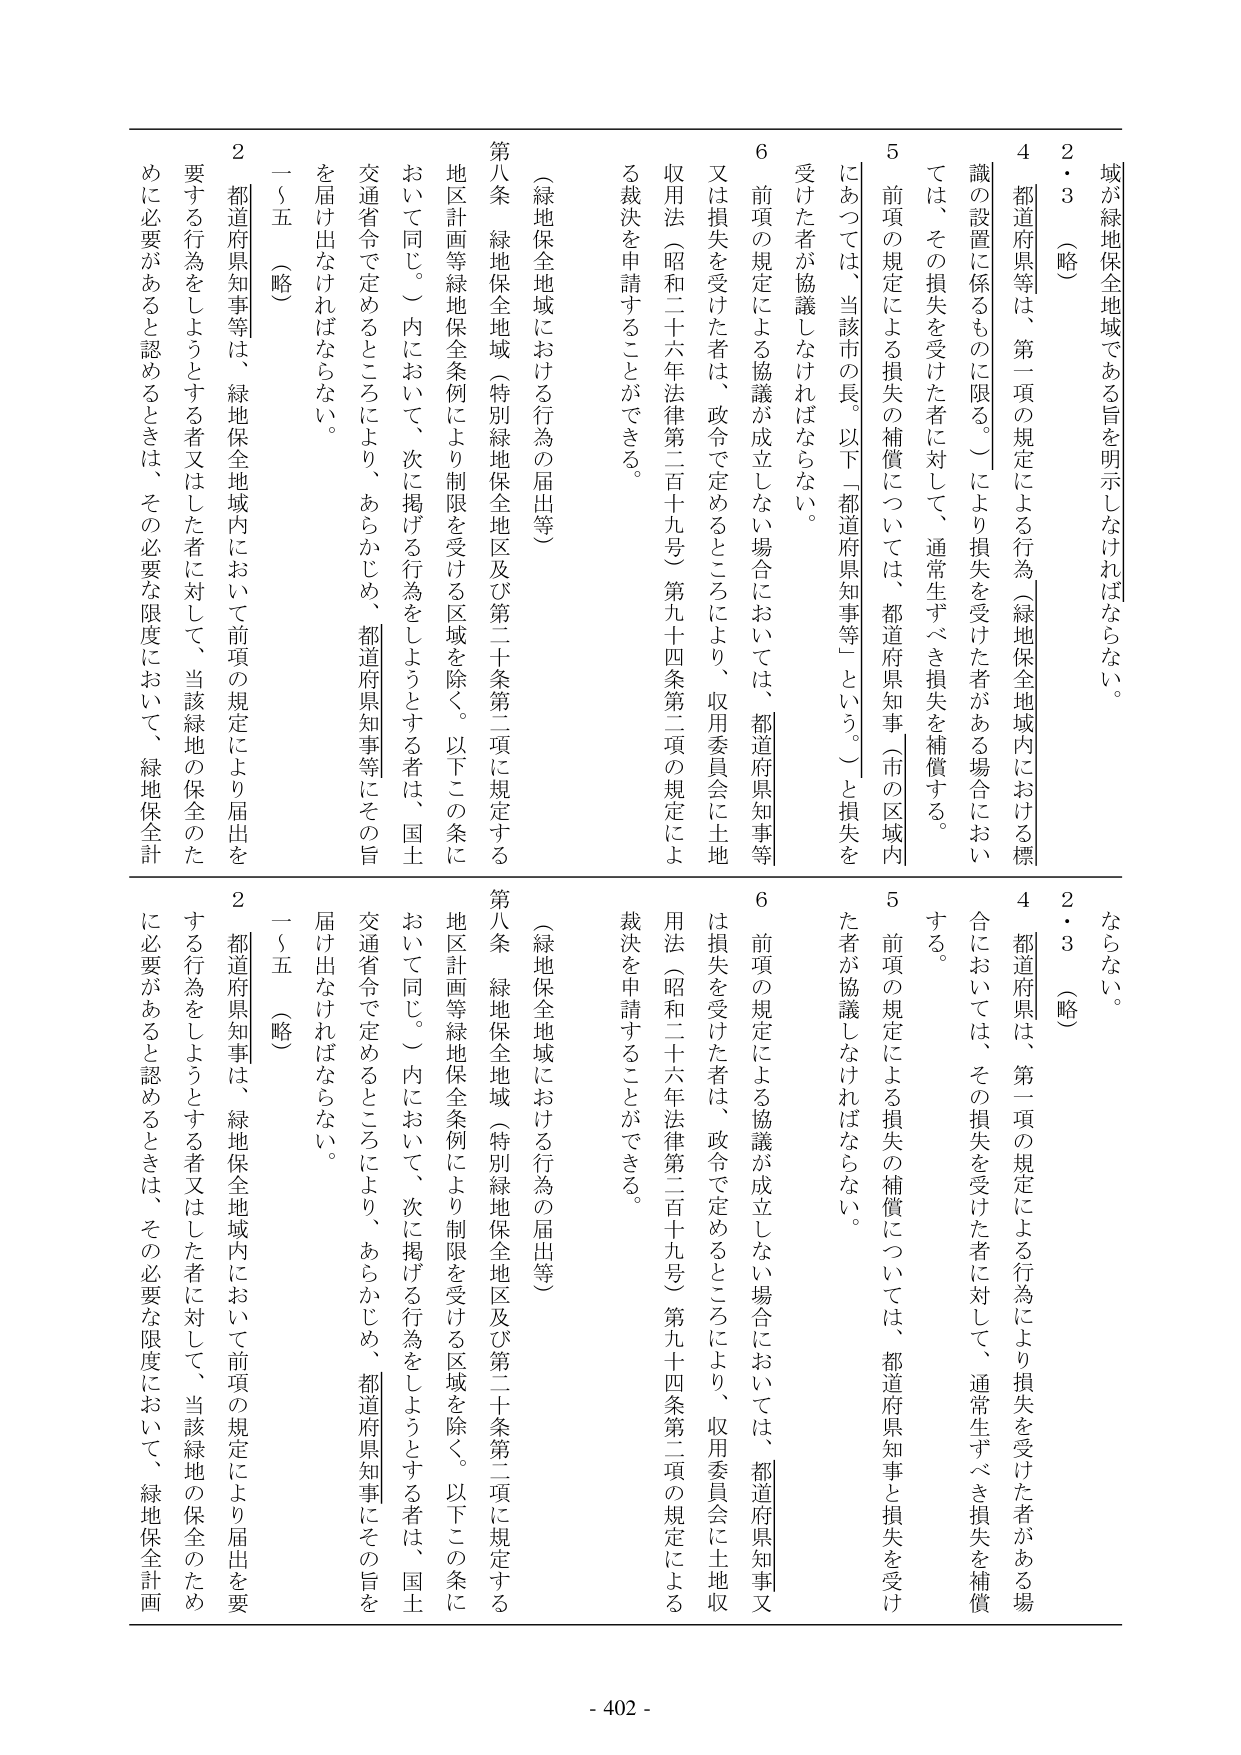
域が緑地保全地域である旨を明示しなければならない。

２・３（略）

４　都道府県等は、第一項の規定による行為（緑地保全地域内における標識の設置に係るものに限る。）により損失を受けた者がある場合においては、その損失を受けた者に対して、通常生ずべき損失を補償する。

５　前項の規定による損失の補償については、都道府県知事（市の区域内にあっては、当該市の長。以下「都道府県知事等」という。）と損失を受けた者が協議しなければならない。

６　前項の規定による協議が成立しない場合においては、都道府県知事等又は損失を受けた者は、政令で定めるところにより、収用委員会に土地収用法（昭和二十六年法律第二百十九号）第九十四条第二項の規定による裁決を申請することができる。

（緑地保全地域における行為の届出等）

第八条　緑地保全地域（特別緑地保全地区及び第二十条第二項に規定する地区計画等緑地保全条例により制限を受ける区域を除く。以下この条において同じ。）内において、次に掲げる行為をしようとする者は、国土交通省令で定めるところにより、あらかじめ、都道府県知事等にその旨を届け出なければならない。

一～五（略）

２　都道府県知事等は、緑地保全地域内において前項の規定により届出を要する行為をしようとする者又はした者に対して、当該緑地の保全のため必要があると認めるときは、その必要な限度において、緑地保全計

ならない。

２・３（略）

４　都道府県は、第一項の規定による行為により損失を受けた者がある場合においては、その損失を受けた者に対して、通常生ずべき損失を補償する。

５　前項の規定による損失の補償については、都道府県知事と損失を受けた者が協議しなければならない。

６　前項の規定による協議が成立しない場合においては、都道府県知事又は損失を受けた者は、政令で定めるところにより、収用委員会に土地収用法（昭和二十六年法律第二百十九号）第九十四条第二項の規定による裁決を申請することができる。

（緑地保全地域における行為の届出等）

第八条　緑地保全地域（特別緑地保全地区及び第二十条第二項に規定する地区計画等緑地保全条例により制限を受ける区域を除く。以下この条において同じ。）内において、次に掲げる行為をしようとする者は、国土交通省令で定めるところにより、あらかじめ、都道府県知事にその旨を届け出なければならない。

一～五（略）

２　都道府県知事は、緑地保全地域内において前項の規定により届出を要する行為をしようとする者又はした者に対して、当該緑地の保全のため必要があると認めるときは、その必要な限度において、緑地保全計画

- 402 -